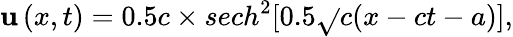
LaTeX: \mathbf{u}\left(x,t\right)=0.5c\times{sech}^{2}[0.5\sqrt{}{c}(x-ct-a)],